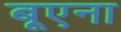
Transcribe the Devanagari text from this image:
बूएना